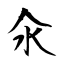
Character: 汆